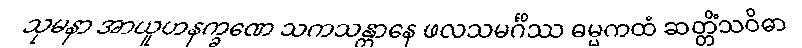
သုမနာ အာယူဟနက္ခဏေ သကသန္တာနေ ဖလသမင်္ဂိဿ ဓမ္မကထံ ဆတ္တိံသဝိဓာ